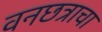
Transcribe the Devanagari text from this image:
वनछत्राचा